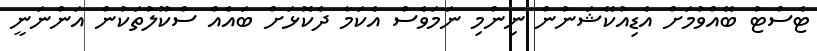
ޓެސްޓު ބޭއްވުމަށް އެޑިއުކޭޝަނުން ނިންމި ނަމަވެސް އެކަމާ ދެކޮޅަށް ބައެއް ސްކޫލުތަކުން އަންނަނީ